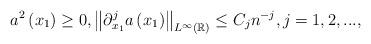
LaTeX: \begin{align*}a^{2}\left( x_{1}\right) \geq 0,\left\Vert \partial_{x_{1}}^{j}a\left( x_{1}\right) \right\Vert _{L^{\infty }\left( \mathbb{R}\right) }\leq C_{j}n^{-j},j=1,2,..., \end{align*}